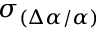
\sigma _ { ( \Delta \alpha / \alpha ) }